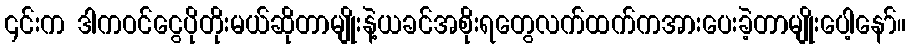
၎င်းက ဒါကဝင်ငွေပိုတိုးမယ်ဆိုတာမျိုးနဲ့ယခင်အစိုးရတွေလက်ထက်ကအားပေးခဲ့တာမျိုးပေါ့နော်။